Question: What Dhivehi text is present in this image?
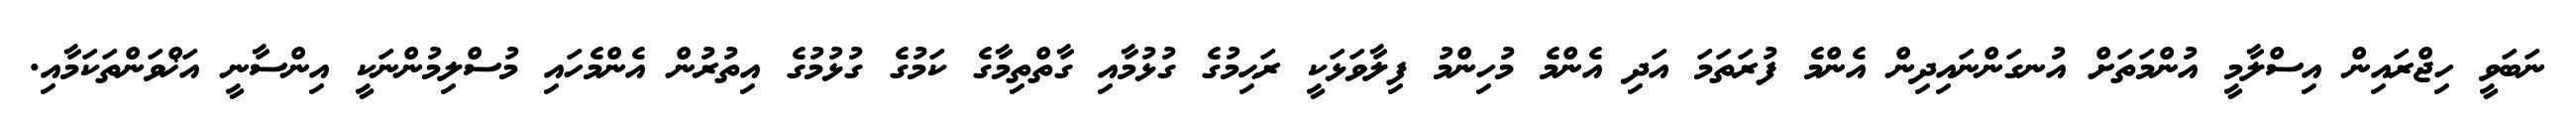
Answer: ނަބަވީ ހިޖްރައިން އިސްލާމީ އުންމަތަށް އުނގަންނައިދިން އެންމެ ފުރަތަމަ އަދި އެންމެ މުހިންމު ފިލާވަޅަކީ ރަޙިމުގެ ގުޅުމާއި ގާތްތިމާގެ ކަމުގެ ގުޅުމުގެ އިތުރުން އެންމެހައި މުސްލިމުންނަކީ އިންސާނީ އަޚްވަންތަކަމާއި.